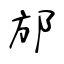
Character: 邡